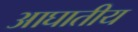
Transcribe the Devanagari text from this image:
आघातीय